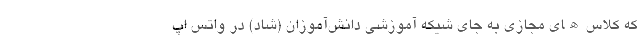
که کلاس‌ھای مجازی به جای شیکه آموزشی دانش‌آموزان (شاد) در واتس اپ